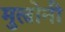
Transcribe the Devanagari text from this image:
मुल्रोनी